Notes on vaccination in the North-West Frontier Province 1923-1928 - 1923-1928
Year: 1923
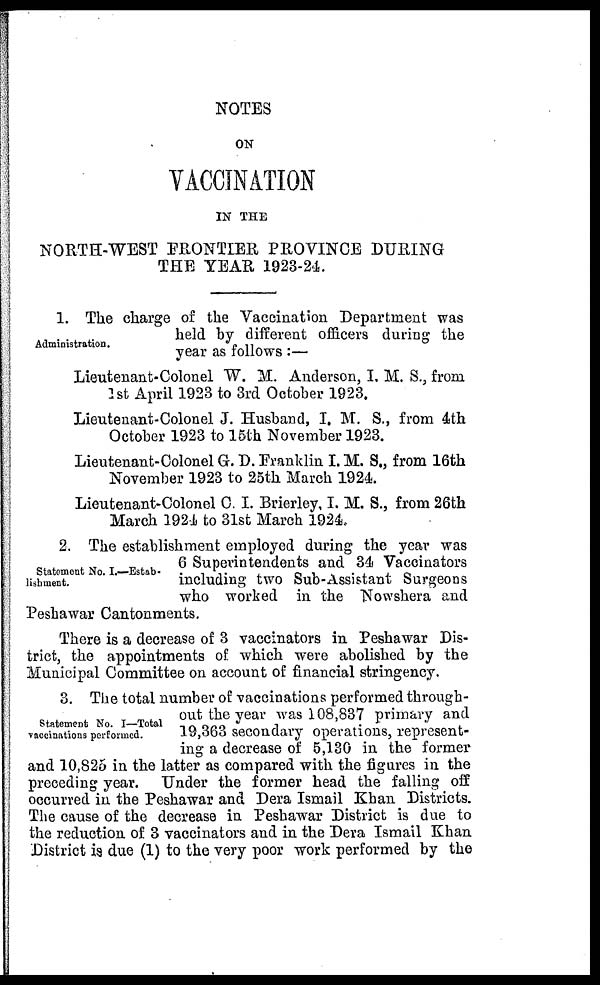
NOTES
ON
VACCINATION
IN THE
NORTH-WEST FRONTIER PROVINCE DURING
THE YEAR 1923-24.
Administration.
1. The charge of the Vaccination Department was
held by different officers during the
year as follows :—
Lieutenant-Colonel W. M. Anderson, I. M. S., from
1st April 1923 to 3rd October 1923.
Lieutenant-Colonel J. Husband, I. M. S., from 4th
October 1923 to 15th November 1923.
Lieutenant-Colonel G. D. Franklin I. M. S., from 16th
November 1923 to 25th March 1924.
Lieutenant-Colonel C. I. Brierley, I. M. S., from 26th
March 1924 to 31st March 1924.
Statement No. I.—Estab-
lishment.
2. The establishment employed during the year was
6 Superintendents and 34 Vaccinators
including two Sub-Assistant Surgeons
who worked in the Nowshera and
Peshawar Cantonments.
There is a decrease of 3 vaccinators in Peshawar Dis-
trict, the appointments of which were abolished by the
Municipal Committee on account of financial stringency.
Statement No. I—Total
vaccinations performed.
3. The total number of vaccinations performed through-
out the year was 108,837 primary and
19,363 secondary operations, represent-
ing a decrease of 5,130 in the former
and 10,825 in the latter as compared with the figures in the
preceding year. Under the former head the falling off
occurred in the Peshawar and Dera Ismail Khan Districts.
The cause of the decrease in Peshawar District is due to
the reduction of 3 vaccinators and in the Dera Ismail Khan
District is due (1) to the very poor work performed by the